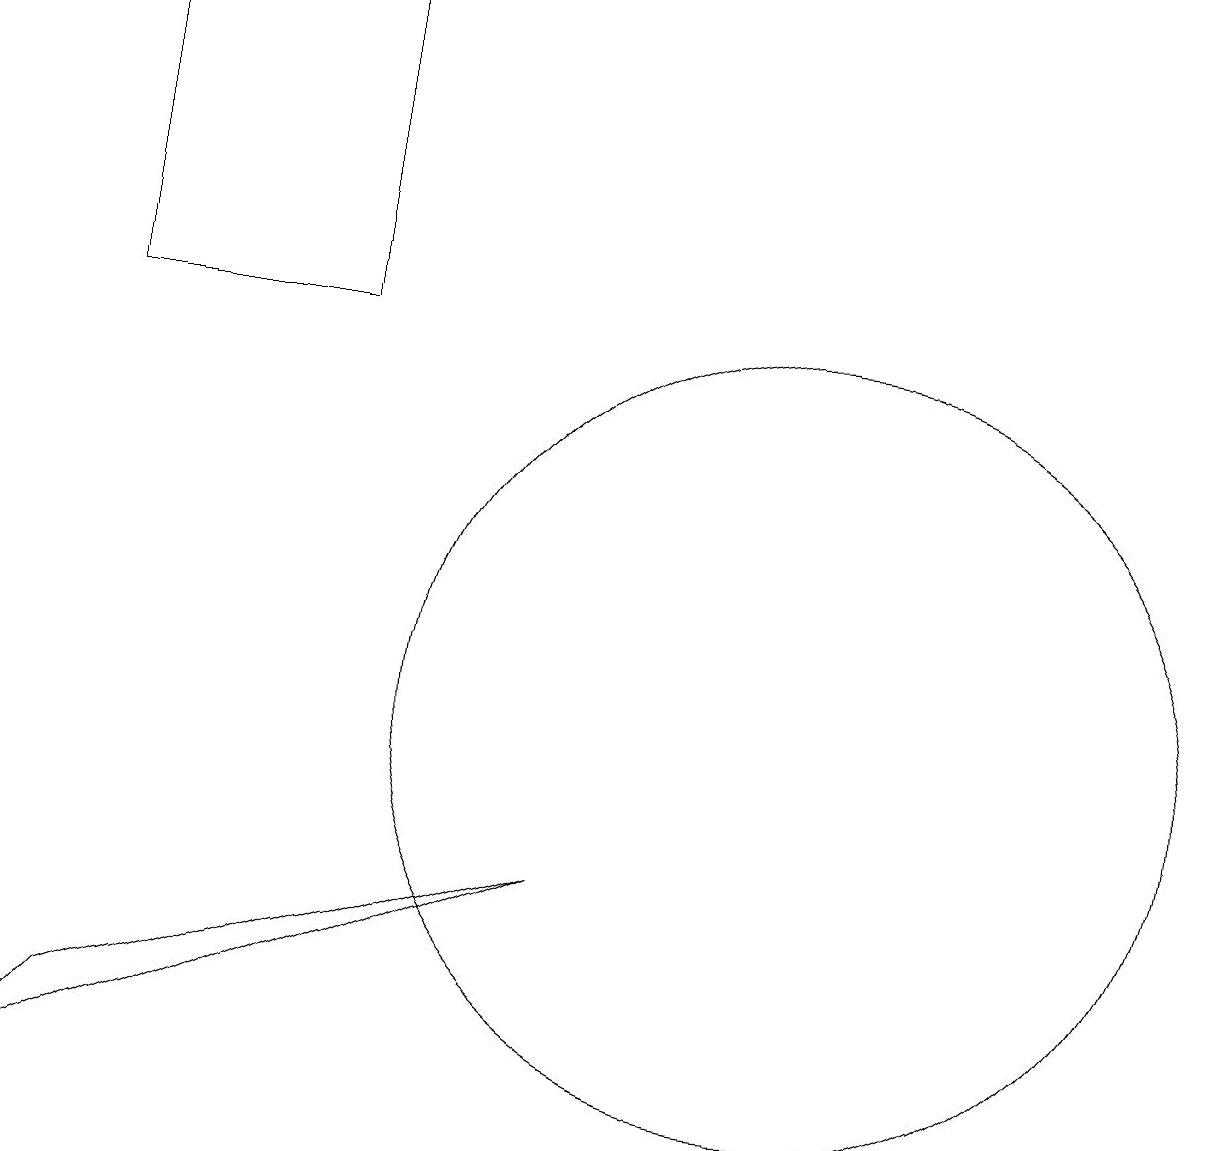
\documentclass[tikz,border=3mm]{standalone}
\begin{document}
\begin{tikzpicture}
\draw (4,15) rectangle (1,19);
\draw (1,6) -- (7,8) -- (0,5) -- cycle;
\draw (10,10) circle (5);
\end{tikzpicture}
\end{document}